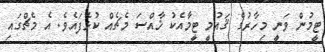
ޓީމުން ވަނީ މިހާރުގެ ޤައުމީ ޓީމާއެކު ޚާއްސަ މެޗެއް ކުޅެފައެވެ. އެ މެޗްގައި